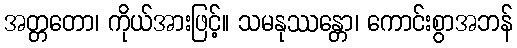
အတ္တတော၊ ကိုယ်အားဖြင့်။ သမနုဿန္တော၊ ကောင်းစွာအဘန်